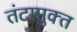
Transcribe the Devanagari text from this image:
तंटामुक्‍त